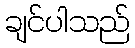
ချင်ပါသည်